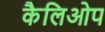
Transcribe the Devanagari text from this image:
कैलिओप